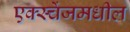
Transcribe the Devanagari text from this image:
एक्स्चेंजमधील